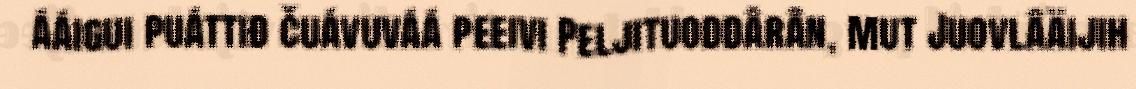
ááigui puáttiđ čuávuváá peeivi Peljituoddârân, mut Juovlâäijih